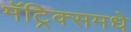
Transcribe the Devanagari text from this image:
मॅट्रिक्समधे